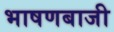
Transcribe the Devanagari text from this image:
भाषणबाजी